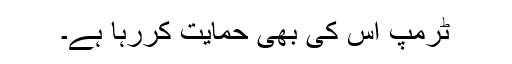
ٹرمپ اس کی بھی حمایت کررہا ہے۔